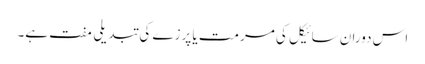
اس دوران سائیکل کی مرمت یا پرزے کی تبدیلی مفت ہے۔